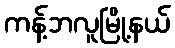
ကန့်ဘလူမြို့နယ်